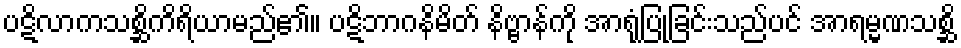
ပဋိလာကသစ္ဆိကိရိယာမည်၏။ ပဋိဘာဂနိမိတ် နိဗ္ဗာန်ကို အာရုံပြုခြင်းသည်ပင် အာရမ္မဏသစ္ဆိ